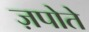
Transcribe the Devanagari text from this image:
ज़पोते